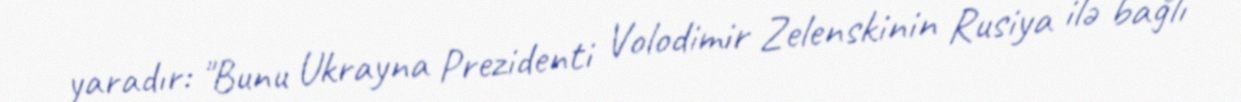
yaradır: "Bunu Ukrayna Prezidenti Volodimir Zelenskinin Rusiya ilə bağlı